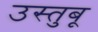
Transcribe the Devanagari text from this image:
उस्तुबू